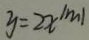
y = 2 x ^ { \vert m \vert }